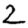
Digit: 2